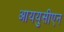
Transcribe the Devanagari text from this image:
आययुसीएन